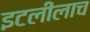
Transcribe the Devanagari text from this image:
इटलीलाच